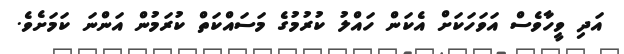
އަދި ވީހާވެސް އަވަހަކަށް އެކަން ހައްލު ކުރުމުގެ މަސައްކަތް ކުރަމުން އަންނަ ކަމަށެވެ.